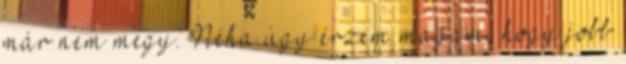
már nem megy. Néha úgy érzem magam, hogy jobb